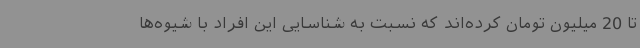
تا 20 میلیون تومان کرده‌اند که نسبت به شناسایی این افراد با شیوه‌ها